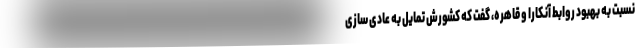
نسبت به بهبود روابط آنکارا و قاهره، گفت که کشورش تمایل به عادی سازی